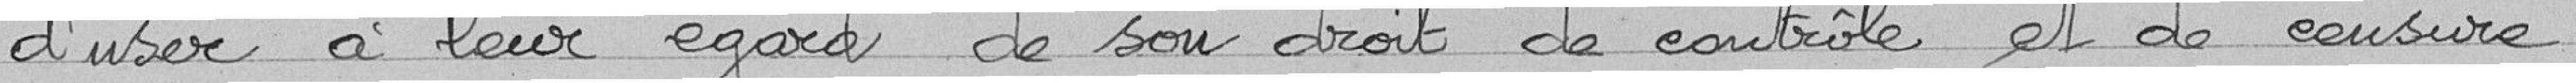
d'user à leur égard de son droit de contrôle et de censure.